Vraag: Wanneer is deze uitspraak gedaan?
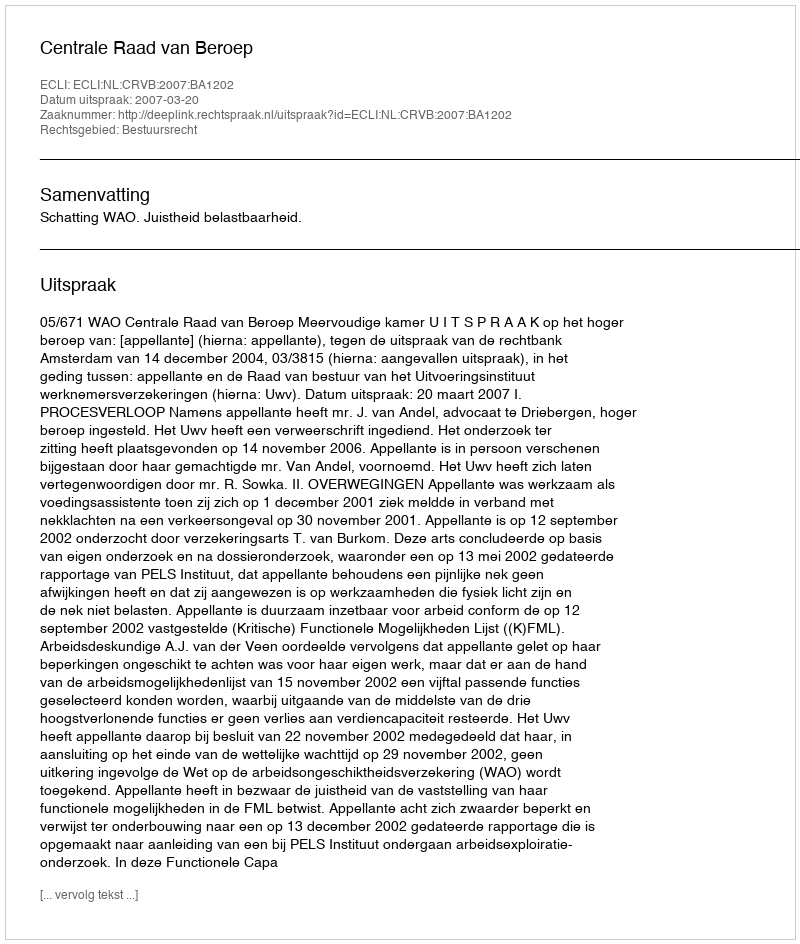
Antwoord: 2007-03-20